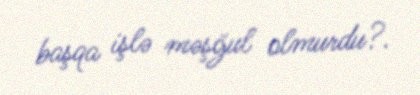
başqa işlə məşğul olmurdu?.